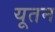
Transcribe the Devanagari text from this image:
यूतन